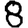
Digit: 8